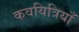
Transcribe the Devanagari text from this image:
कवयित्रियाँ